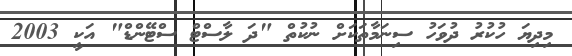
މިދިޔަ ހުކުރު ދުވަހު ސިނަމާތަކަށް ނުކުތް "ދަ ލާސްޓް ސްޓޭންޑް" އަކީ 2003